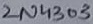
Text: 2N4303